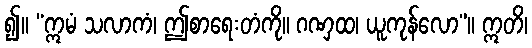
၍။ “ဣမံ သလာကံ၊ ဤစာရေးတံကို။ ဂဏှထ၊ ယူကုန်လော”။ ဣတိ၊